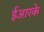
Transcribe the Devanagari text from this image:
ईआरके